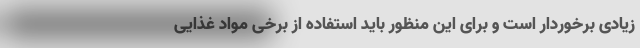
زیادی برخوردار است و برای این منظور باید استفاده از برخی مواد غذایی